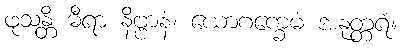
ဖုသန္တိ ဓီရာ နိဗ္ဗာနံ၊ ယောဂက္ခေမံ အနုတ္တရံ။